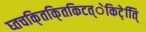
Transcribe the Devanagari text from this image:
घ्तचकि्तकि्तकिटत्ेकिटे्ति्ि